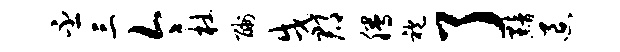
丕三今杜酬戌郡腾袍了黯退